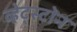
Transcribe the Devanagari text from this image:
व्हेट्स्टोन